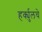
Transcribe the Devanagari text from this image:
हर्क्युलचे